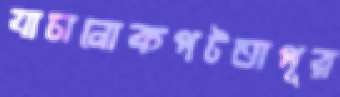
যাচানোকপটতাপূর